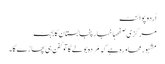
اُردو پوائنٹ
مرکزی صفحہاخبارپنجابستان کابجٹ
مشہورمحاورہ ہے کہ مُردہ بولے گاتو کفن ہی پھاڑے گا۔